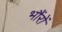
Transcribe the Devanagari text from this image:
भौंरों